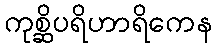
ကုစ္ဆိပရိဟာရိကေန